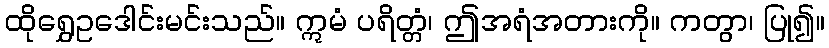
ထိုရွှေဥဒေါင်းမင်းသည်။ ဣမံ ပရိတ္တံ၊ ဤအရံအတားကို။ ကတွာ၊ ပြု၍။